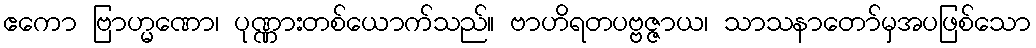
ဧကော ဗြာဟ္မဏော၊ ပုဏ္ဏားတစ်ယောက်သည်။ ဗာဟိရတပဗ္ဗဇ္ဇာယ၊ သာသနာတော်မှအပဖြစ်သော